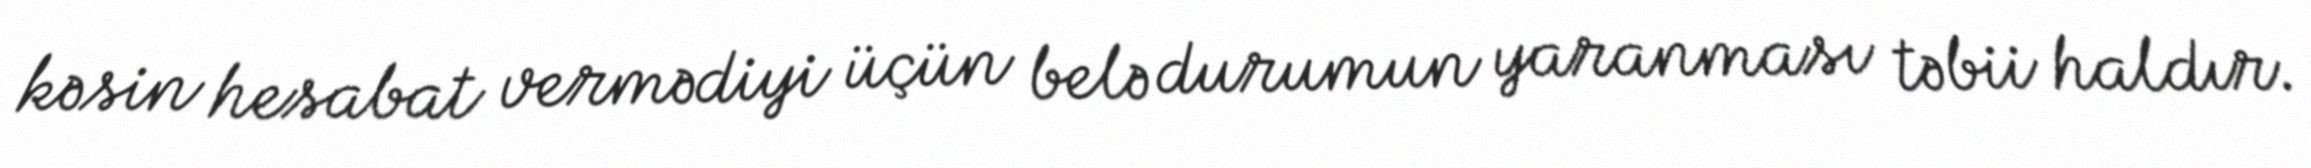
kəsin hesabat vermədiyi üçün belə durumun yaranması təbii haldır.